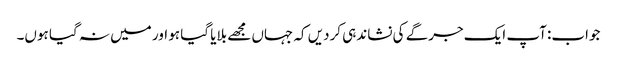
جواب: آپ ایک جرگے کی نشاندہی کردیں کہ جہاں مجھے بلایا گیا ہو اور میں نہ گیا ہوں۔